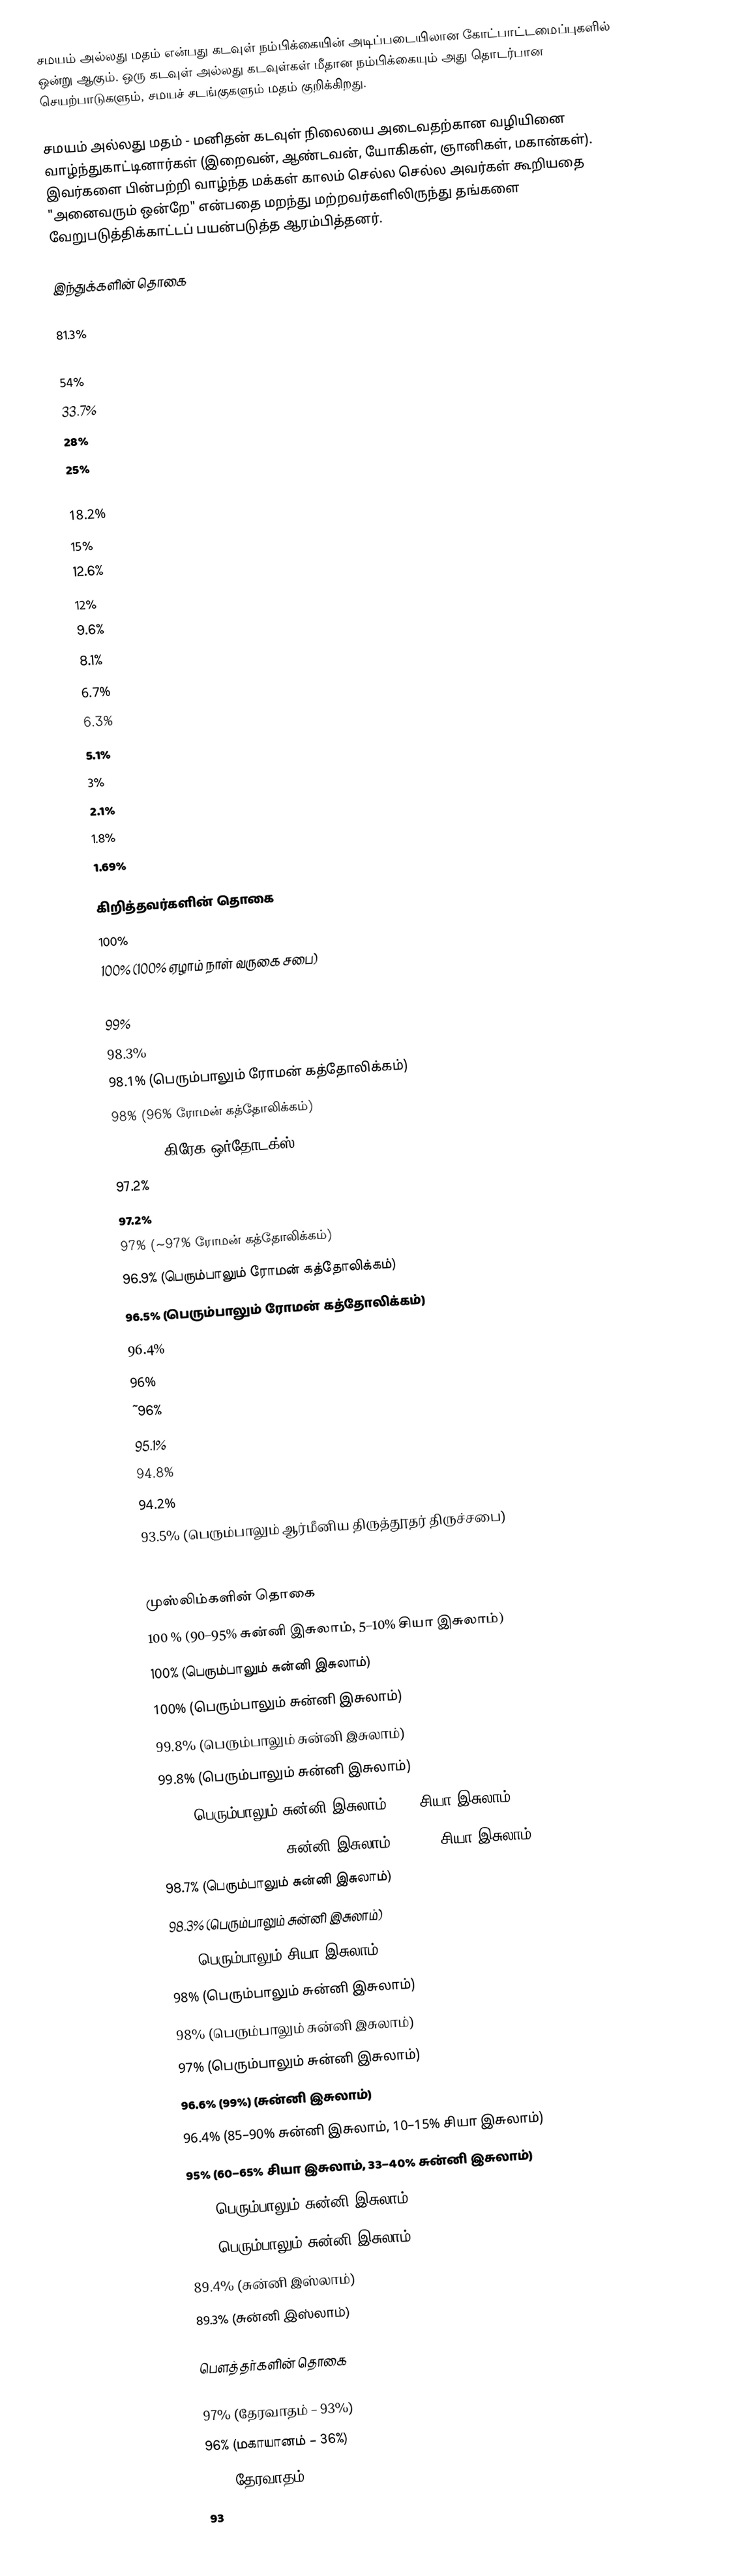
சமயம் அல்லது மதம் என்பது கடவுள் நம்பிக்கையின் அடிப்படையிலான கோட்பாட்டமைப்புகளில் ஒன்று ஆகும். ஒரு கடவுள் அல்லது கடவுள்கள் மீதான நம்பிக்கையும் அது தொடர்பான செயற்பாடுகளும், சமயச் சடங்குகளும் மதம் குறிக்கிறது.

சமயம் அல்லது மதம் - மனிதன் கடவுள் நிலையை அடைவதற்கான வழியினை வாழ்ந்துகாட்டினார்கள் (இறைவன், ஆண்டவன், யோகிகள், ஞானிகள், மகான்கள்). இவர்களை பின்பற்றி வாழ்ந்த மக்கள் காலம் செல்ல செல்ல அவர்கள் கூறியதை "அனைவரும் ஒன்றே" என்பதை மறந்து மற்றவர்களிலிருந்து தங்களை வேறுபடுத்திக்காட்டப் பயன்படுத்த ஆரம்பித்தனர்.

இந்துக்களின் தொகை

  81.3%
  80.5%
  54%
  33.7%
  28%
  25%
  20%
  18.2%
  15%
  12.6%
  12%
  9.6%
  8.1%
  6.7%
  6.3%
  5.1%
  3%
  2.1%
  1.8%
  1.69%

கிறித்தவர்களின் தொகை
  100%
  100% (100% ஏழாம் நாள் வருகை சபை)
  ~99%
  99%
  98.3%
  98.1% (பெரும்பாலும் ரோமன் கத்தோலிக்கம்)
  98% (96% ரோமன் கத்தோலிக்கம்)
  98%  (95% கிரேக ஒர்தோடக்ஸ்)
  97.2%
  97.2%
  97% (~97% ரோமன் கத்தோலிக்கம்)
  96.9% (பெரும்பாலும் ரோமன் கத்தோலிக்கம்)
  96.5% (பெரும்பாலும் ரோமன் கத்தோலிக்கம்)
  96.4%
  96%
  ~96%
  95.1%
  94.8%
  94.2%
  93.5% (பெரும்பாலும் ஆர்மீனிய திருத்தூதர் திருச்சபை)
  93%

முஸ்லிம்களின் தொகை
  100 % (90–95% சுன்னி இசுலாம், 5–10% சியா இசுலாம்)
  100% (பெரும்பாலும் சுன்னி இசுலாம்)
  100% (பெரும்பாலும் சுன்னி இசுலாம்)
  99.8% (பெரும்பாலும் சுன்னி இசுலாம்)
  99.8% (பெரும்பாலும் சுன்னி இசுலாம்)
  ~99% (பெரும்பாலும் சுன்னி இசுலாம், 20% சியா இசுலாம்)
  99.1% (99.9%) (65–70% சுன்னி இசுலாம், 30–35% சியா இசுலாம்)
  98.7% (பெரும்பாலும் சுன்னி இசுலாம்)
  98.3% (பெரும்பாலும் சுன்னி இசுலாம்)
  98% (பெரும்பாலும் சியா இசுலாம்)
  98% (பெரும்பாலும் சுன்னி இசுலாம்)
  98% (பெரும்பாலும் சுன்னி இசுலாம்)
  97% (பெரும்பாலும் சுன்னி இசுலாம்)
  96.6% (99%) (சுன்னி இசுலாம்)
  96.4% (85–90% சுன்னி இசுலாம், 10–15% சியா இசுலாம்)
  95% (60–65% சியா இசுலாம், 33–40% சுன்னி இசுலாம்)
  94% (பெரும்பாலும் சுன்னி இசுலாம்)
  93% (பெரும்பாலும் சுன்னி இசுலாம்)
  89.4% (சுன்னி இஸ்லாம்)
  89.3% (சுன்னி இஸ்லாம்)

பௌத்தர்களின் தொகை

  97% (தேரவாதம் – 93%)
  96% (மகாயானம் – 36%)
  95% (தேரவாதம் – 93%)
  93